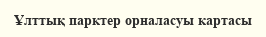
Ұлттық парктер орналасуы картасы